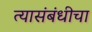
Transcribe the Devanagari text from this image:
त्यासंबंधीचा